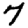
Digit: 7